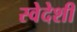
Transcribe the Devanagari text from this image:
स्वेदेशी